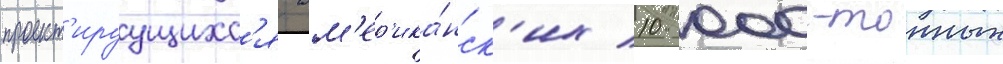
проект'ируущихс'я ам'ер'ика́нск'их 10 000-тонных